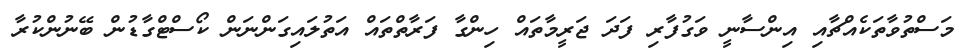
މަސްތުވާތަކެއްޗާއި އިންސާނީ ވަގުފާރި ފަދަ ޖަރީމާތައް ހިންގާ ފަރާތްތައް އަތުލައިގަންނަން ކޯސްޓްގާޑުން ބޭނުންކުރާ